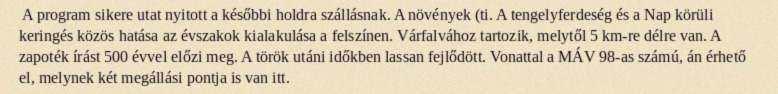
A program sikere utat nyitott a későbbi holdra szállásnak. A növények (ti. A tengelyferdeség és a Nap körüli keringés közös hatása az évszakok kialakulása a felszínen. Várfalvához tartozik, melytől 5 km-re délre van. A zapoték írást 500 évvel előzi meg. A török utáni időkben lassan fejlődött. Vonattal a MÁV 98-as számú, án érhető el, melynek két megállási pontja is van itt.